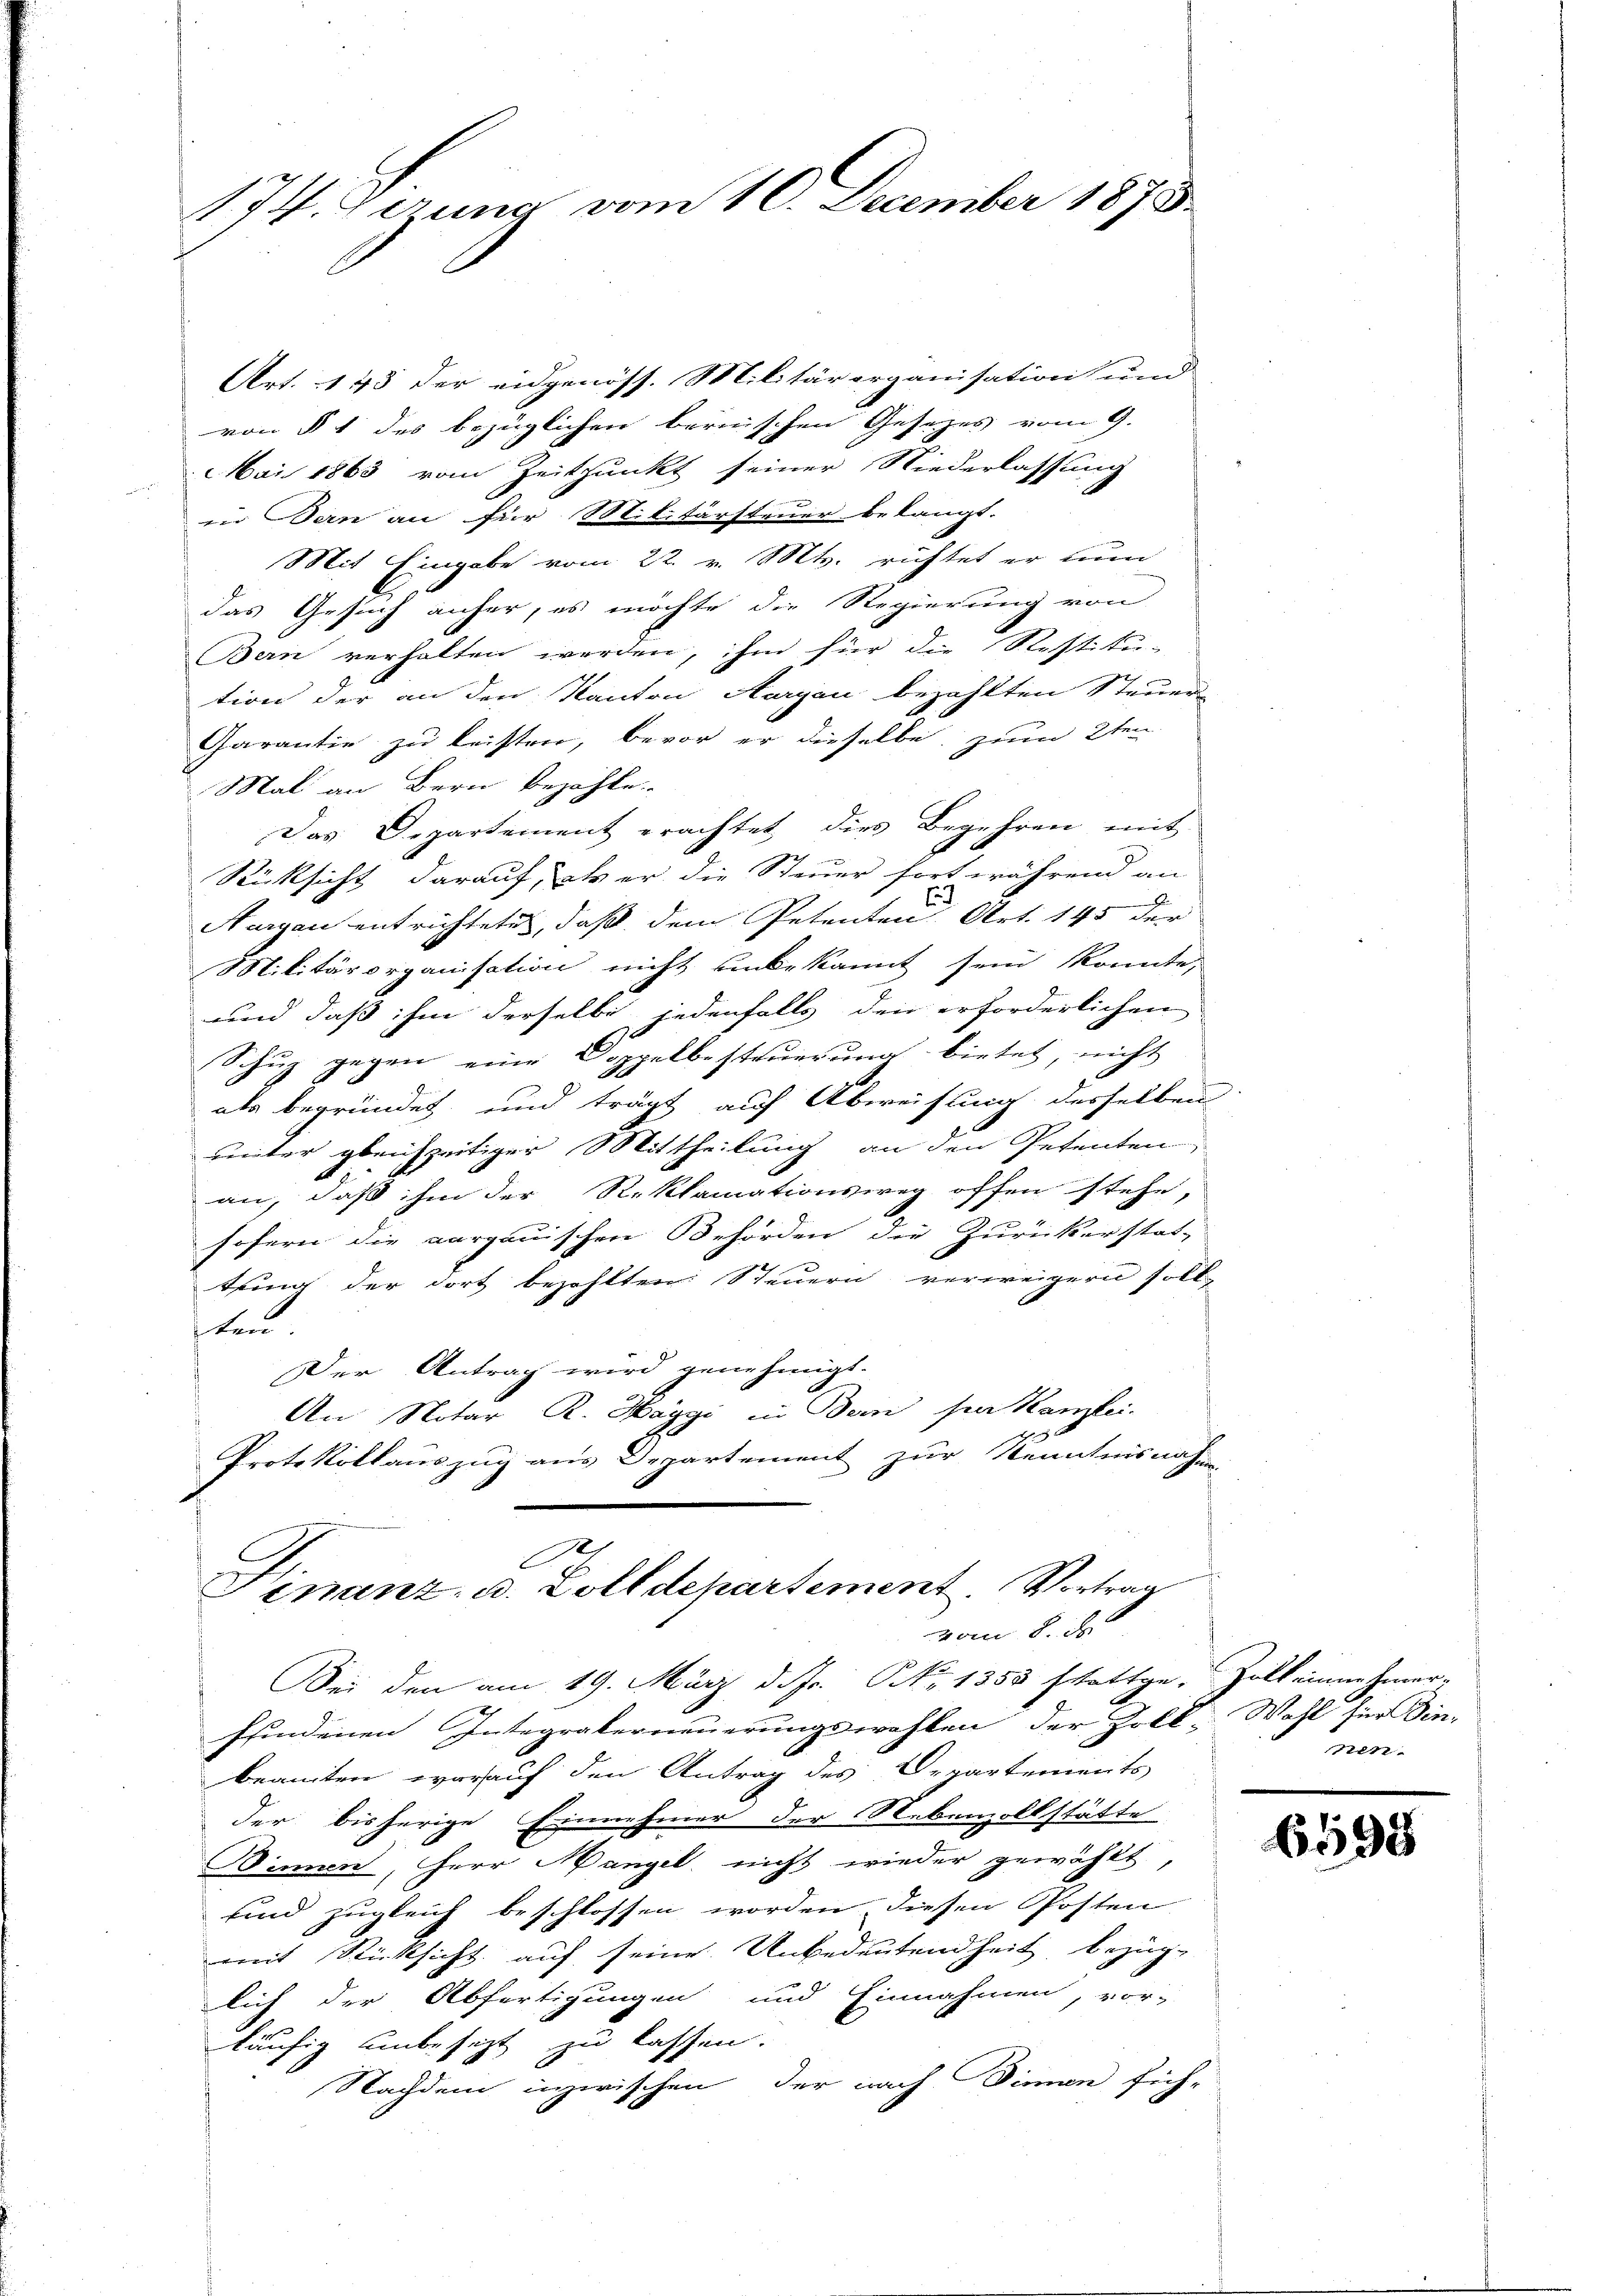
174. Gerung vom 10. December 1873.

Art. 145 der eidgenöss. Militärorganisation und
von § 1 des bezüglichen bernischen Gesetzes vom 9.
Mai 1863 vom Zeitpunkt seiner Niederlassung
in Bern an für Militärsteuer belangt.
Mit Eingabe vom 22. v. Mts. richtet er nun
das Gesuch anfer, es möchte die Regierung von
Bern verhalten werden, ihm für die Restitu-
tion der an den Kanton Aargau bezahlten Steuer
Garantie zu leisten, bevor er dieselbe zum 2ten
Mal an Bern bezahle.
Das Departement erachtet dies Begehren mit
Rücksicht darauf, als er die Steuer fortwährend an
Aargau entrichtete, daß dem Petenten Art. 145 der
Militärorganisation nicht unbekannt sein konnte,
und daß ihm derselbe jedenfalls den erforderlichen
e
Schuz gegen eine Doppelbesteuerung bietet, nicht
als begründet und trägt auf Abweisung desselben
unter gleichzeitiger Mittheilung an den Petenten,
an, daß ihm der Reklamationsweg offen stehe,
sofern die aargauischen Behörden die Zurückerstat-
tuung der dort bezahlten Steuern verweigern soll
ten.
Der Antrag wird genehmigt.
9
An Notar R. Haggi in Bern par Kanzlei.
Protokollauszug aus Departement zur Kenntnisnahm
e
Sinanz- u. Zolldepartement. Vortrag
vom 8. d
Bei den am 19. März d. Js. No 1358 stattge- Zoll eine Amor-
sfindenen Integraterneuerungswahlen der Zoll-Wahl für Din-
beamten worauf den Antrag des Departements
der bisherige Einnehmer der Nebenzollstätte
Dinnen, Herr Mangel nicht wieder gewählt,
sind zugleich beschlossen worden diesen Posten
mit Rücksicht auf seine Unbedeutendheit bezüg-
lich der Abfertigungen und Einnahmen, vor-
läufig unbesezt zu lassen.
Nachdem inzwischen, der nach Dinnen fich-

nen.

6598